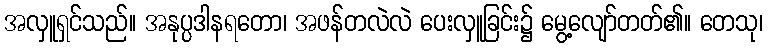
အလှူရှင်သည်။ အနုပ္ပဒါနရတော၊ အဖန်တလဲလဲ ပေးလှူခြင်း၌ မွေ့လျော်တတ်၏။ တေသု၊